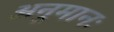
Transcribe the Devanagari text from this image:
अनुमानः